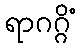
ရာဂဂ္ဂိံ